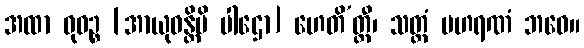
အထာ ဝုဓဉ္စ [အာယုဓန္တိပိ ပါဌော] ဟေတိ’တ္ထီ၊ သတ္ထံ ပဟရဏံ ဘဝေ။